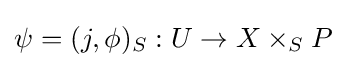
\psi =(j,\phi )_{S}:U\to X\times _{S}P